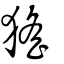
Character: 猺